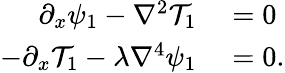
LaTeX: \begin{array}{rl}{\partial_{x}\psi_{1}-\nabla^{2}\mathcal{T}_{1}}&{{}=0}\\ {-\partial_{x}\mathcal{T}_{1}-\lambda\nabla^{4}\psi_{1}}&{{}=0.}\end{array}